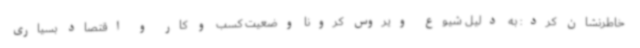
خاطرنشان کرد: به دلیل شیوع ویروس کرونا وضعیت کسب و کار و اقتصاد بسیاری